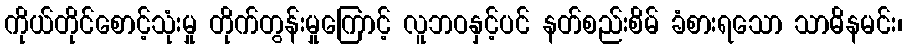
ကိုယ်တိုင်စောင့်သုံးမှု တိုက်တွန်းမှုကြောင့် လူဘဝနှင့်ပင် နတ်စည်းစိမ် ခံစားရသော သာဓိနမင်း၊